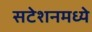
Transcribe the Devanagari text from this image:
सटेशनमध्ये